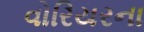
વોરિયરના